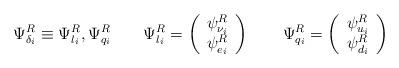
LaTeX: \begin{align*}\Psi^R _{\delta _i} \equiv \Psi^R _{l_i} ,\Psi^R _{q_i} \qquad\Psi^R _{l_i} = \left( \begin{array}{c} \psi ^R _{\nu_i} \\ \psi^R _{e_i} \end{array} \right)\qquad\Psi^R _{q_i} = \left( \begin{array}{c} \psi ^R _{u_i} \\ \psi^R _{d_i} \end{array} \right)\end{align*}